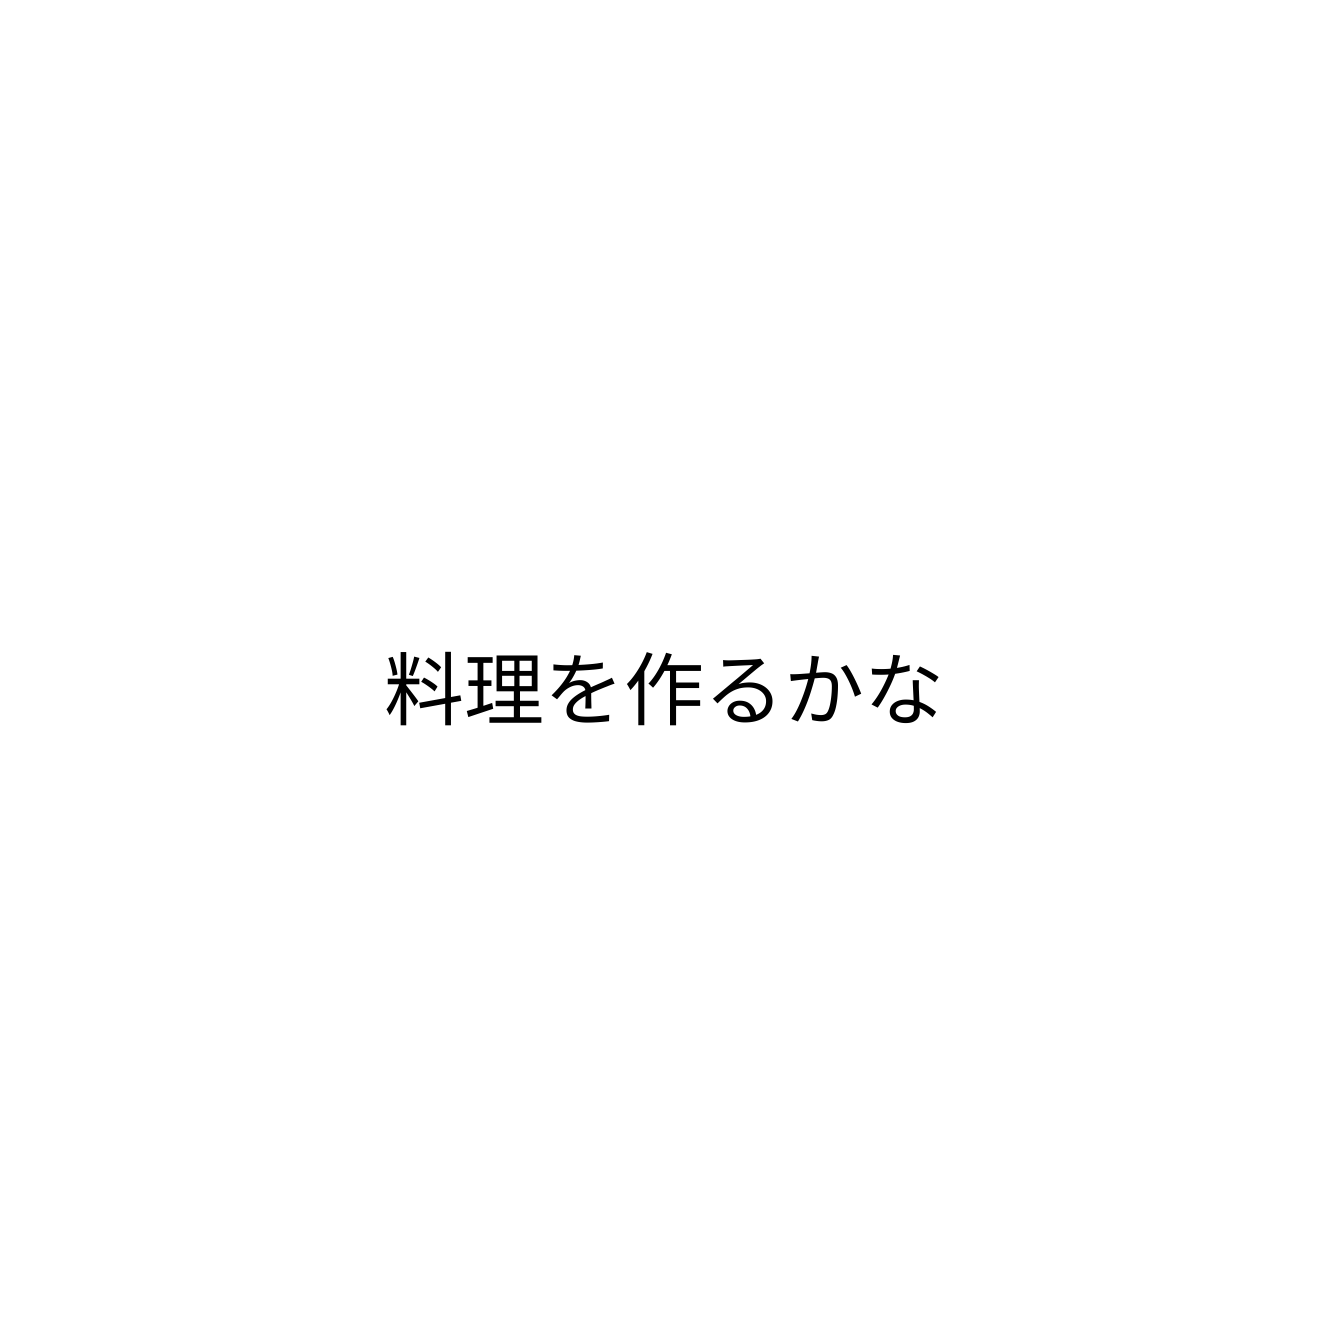
料理を作るかな